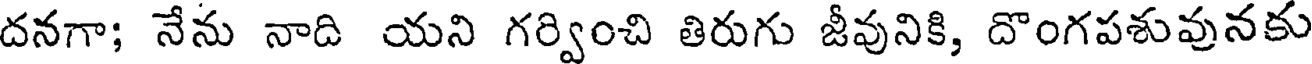
దనగా; నేను నాది యని గర్వించి తిరుగు జీవునికి, దొంగపశువునకు